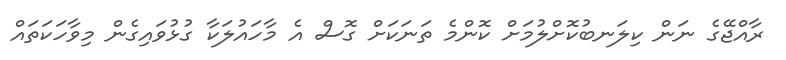
ރާއްޖޭގެ ނަން ކިލަނބުކޮށްލުމަށް ކޮންމެ ތަނަކަށް ގޮސް އެ މާހައުލަކާ ގުޅުވައިގެން މިވާހަކަތައް